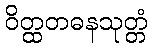
ဝိတ္ထတဓနသုတ္တံ